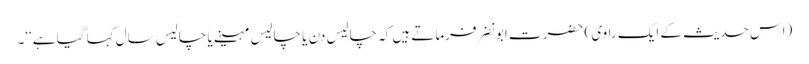
(اس حدیث کے ایک راوی ) حضرت ابونضر فرماتے ہیں کہ چالیس دن یا چالیس مہینے یا چالیس سال کہا گیا ہے‘‘۔